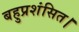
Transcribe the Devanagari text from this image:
बहुप्रशंसित।